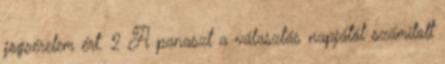
jogsérelem ért. 2 A panaszt a választás napjától számított